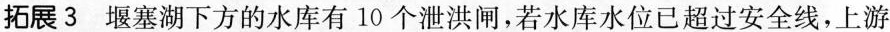
拓展3 堰塞湖下方的水库有10个泄洪闸，若水库水位已超过安全线，上游